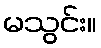
မသွင်း။